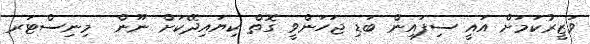
ވަޒީރުކަމަށް އައީ ސިފައިން ބަޑި ޖަހަންވީ ގޮތް ކިޔައިދޭކަށް ނޫން  މިނިސްޓަރ